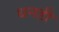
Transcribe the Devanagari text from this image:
धनही